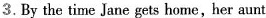
3. By the time Jane gets home, her aunt